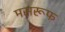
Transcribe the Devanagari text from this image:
मसरूफ